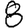
Digit: 8